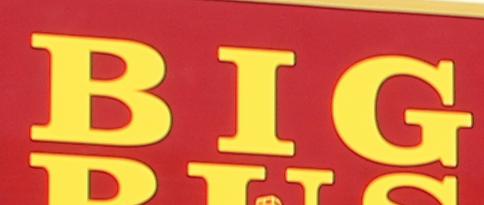
big